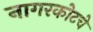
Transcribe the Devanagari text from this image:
नागरकोटचे